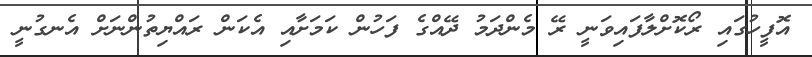
އޮފީހުގައި ރޯކޮށްލާފައިވަނީ ރޭ މެންދަމު ދޭއްގެ ފަހުން ކަމަށާއި އެކަން ރައްޔިތުންނަށް އެނގުނީ